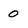
Character: 0